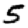
Digit: 5